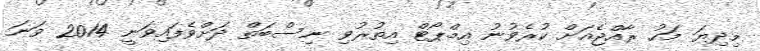
މިދިޔަ މަހު ރާއްޖެއަށް ކުރެވުނު އިމްޕޯޓް އިތުރުވި ނިސްބަތް ދަށްވެފައިވަނީ 2014 ވަނަ